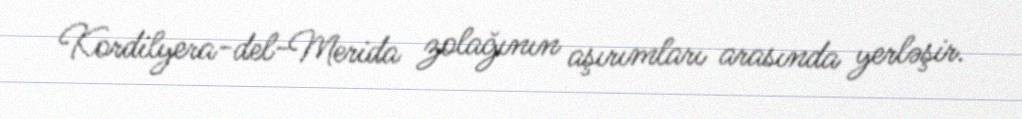
Kordilyera-del-Merida zolağının aşırımları arasında yerləşir.